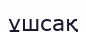
ұшсақ